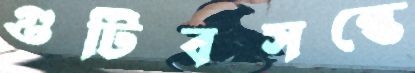
গুটিবসন্তে